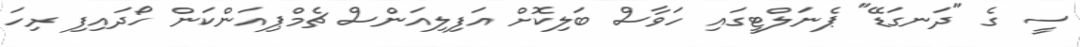
ސީ ގެ "ދަނގަޑޭ" ޕެނަލްޓީގައި ހަވާސް ބަލިކޮށް އަފިލިއަންސް ޗެމްޕިއަންކަން ހޯދައިފި ރިހަ